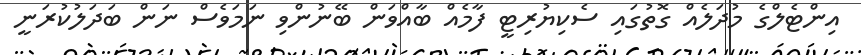
އިންޓެލްގެ މުދަލެއް ގޮތުގައި ސެކިޔުރިޓީ ފާމެއް ބާއްވަން ބޭނުންވި ނަމަވެސް ނަން ބަދަލުކުރަނީ